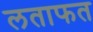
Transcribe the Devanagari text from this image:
लताफत